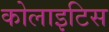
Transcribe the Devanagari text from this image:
कोलाइटिस